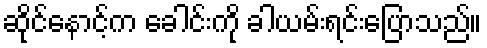
ဆိုင်နောင့်က ခေါင်းကို ခါယမ်းရင်းပြောသည်။